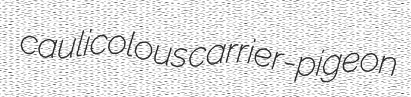
caulicolous carrier-pigeon